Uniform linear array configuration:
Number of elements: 12
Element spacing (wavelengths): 0.75
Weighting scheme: uniform
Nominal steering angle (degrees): -30
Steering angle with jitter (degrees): -29.729
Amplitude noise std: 0.05
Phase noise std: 0.05

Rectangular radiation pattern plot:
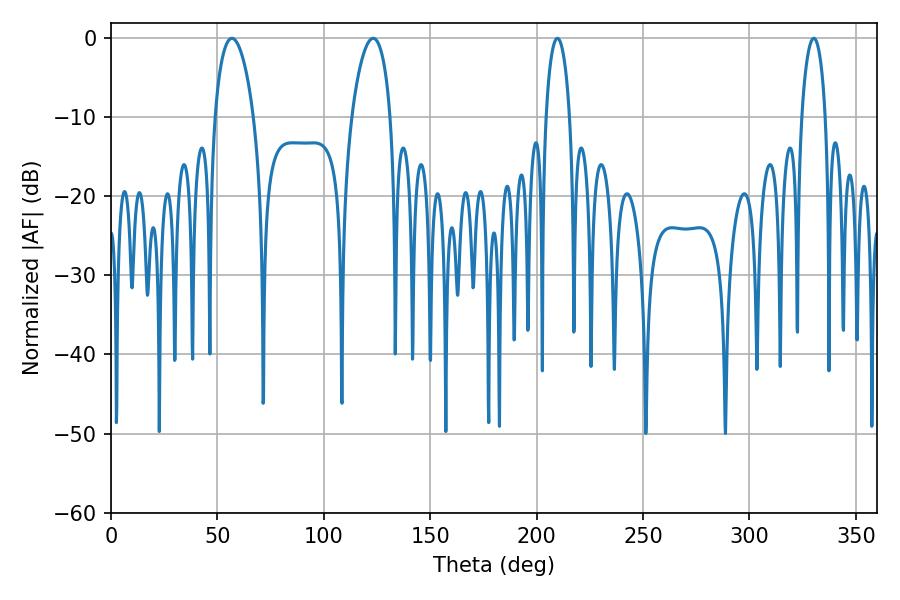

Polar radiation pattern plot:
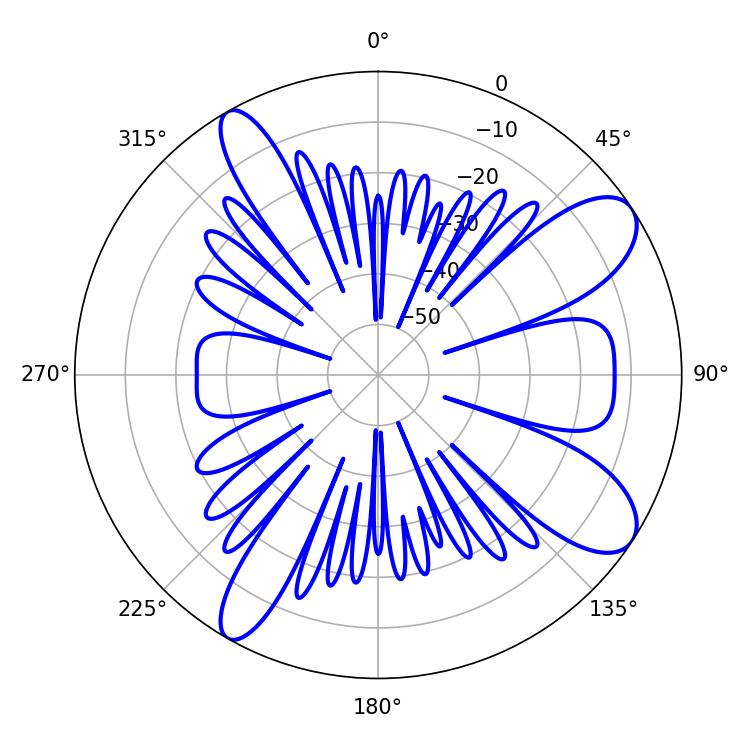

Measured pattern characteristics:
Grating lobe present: TRUE
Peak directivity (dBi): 9.656
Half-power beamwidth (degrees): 10.26
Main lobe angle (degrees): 56.88